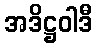
အဒိဋ္ဌဝါဒီ